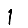
Digit: 1